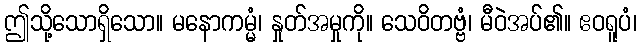
ဤသို့သောရှိသော။ မနောကမ္မံ၊ နှုတ်အမှုကို။ သေဝိတဗ္ဗံ၊ မီဝဲအပ်၏။ ဧဝရူပံ၊